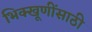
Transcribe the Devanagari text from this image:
भिक्खूणींसाठी